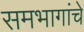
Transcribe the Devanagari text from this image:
समभागांचे